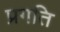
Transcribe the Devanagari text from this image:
प्रगति